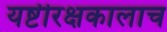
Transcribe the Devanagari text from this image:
यष्टीरक्षकालाच